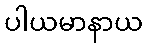
ပါယမာနာယ